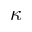
\kappa